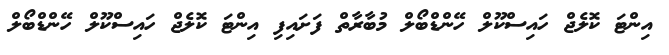
އިންޓަ ކޮލެޖް ހައިސްކޫލް ހޭންޑްބޯލް މުބާރާތް ފަށައިފި އިންޓަ ކޮލެޖް ހައިސްކޫލް ހޭންޑްބޯލް